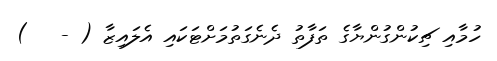
ހުމާއި ޗިކުންގުންޔާގެ ތަފާތު ދެނެގަތުމަށްޓަކައި އެލައިޒާ ( -   )